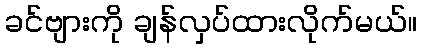
ခင်ဗျားကို ချန်လှပ်ထားလိုက်မယ်။